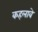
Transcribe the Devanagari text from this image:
कहलावे